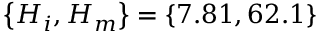
\left\lbrace H _ { i } , H _ { m } \right\rbrace = \left\lbrace 7 . 8 1 , 6 2 . 1 \right\rbrace